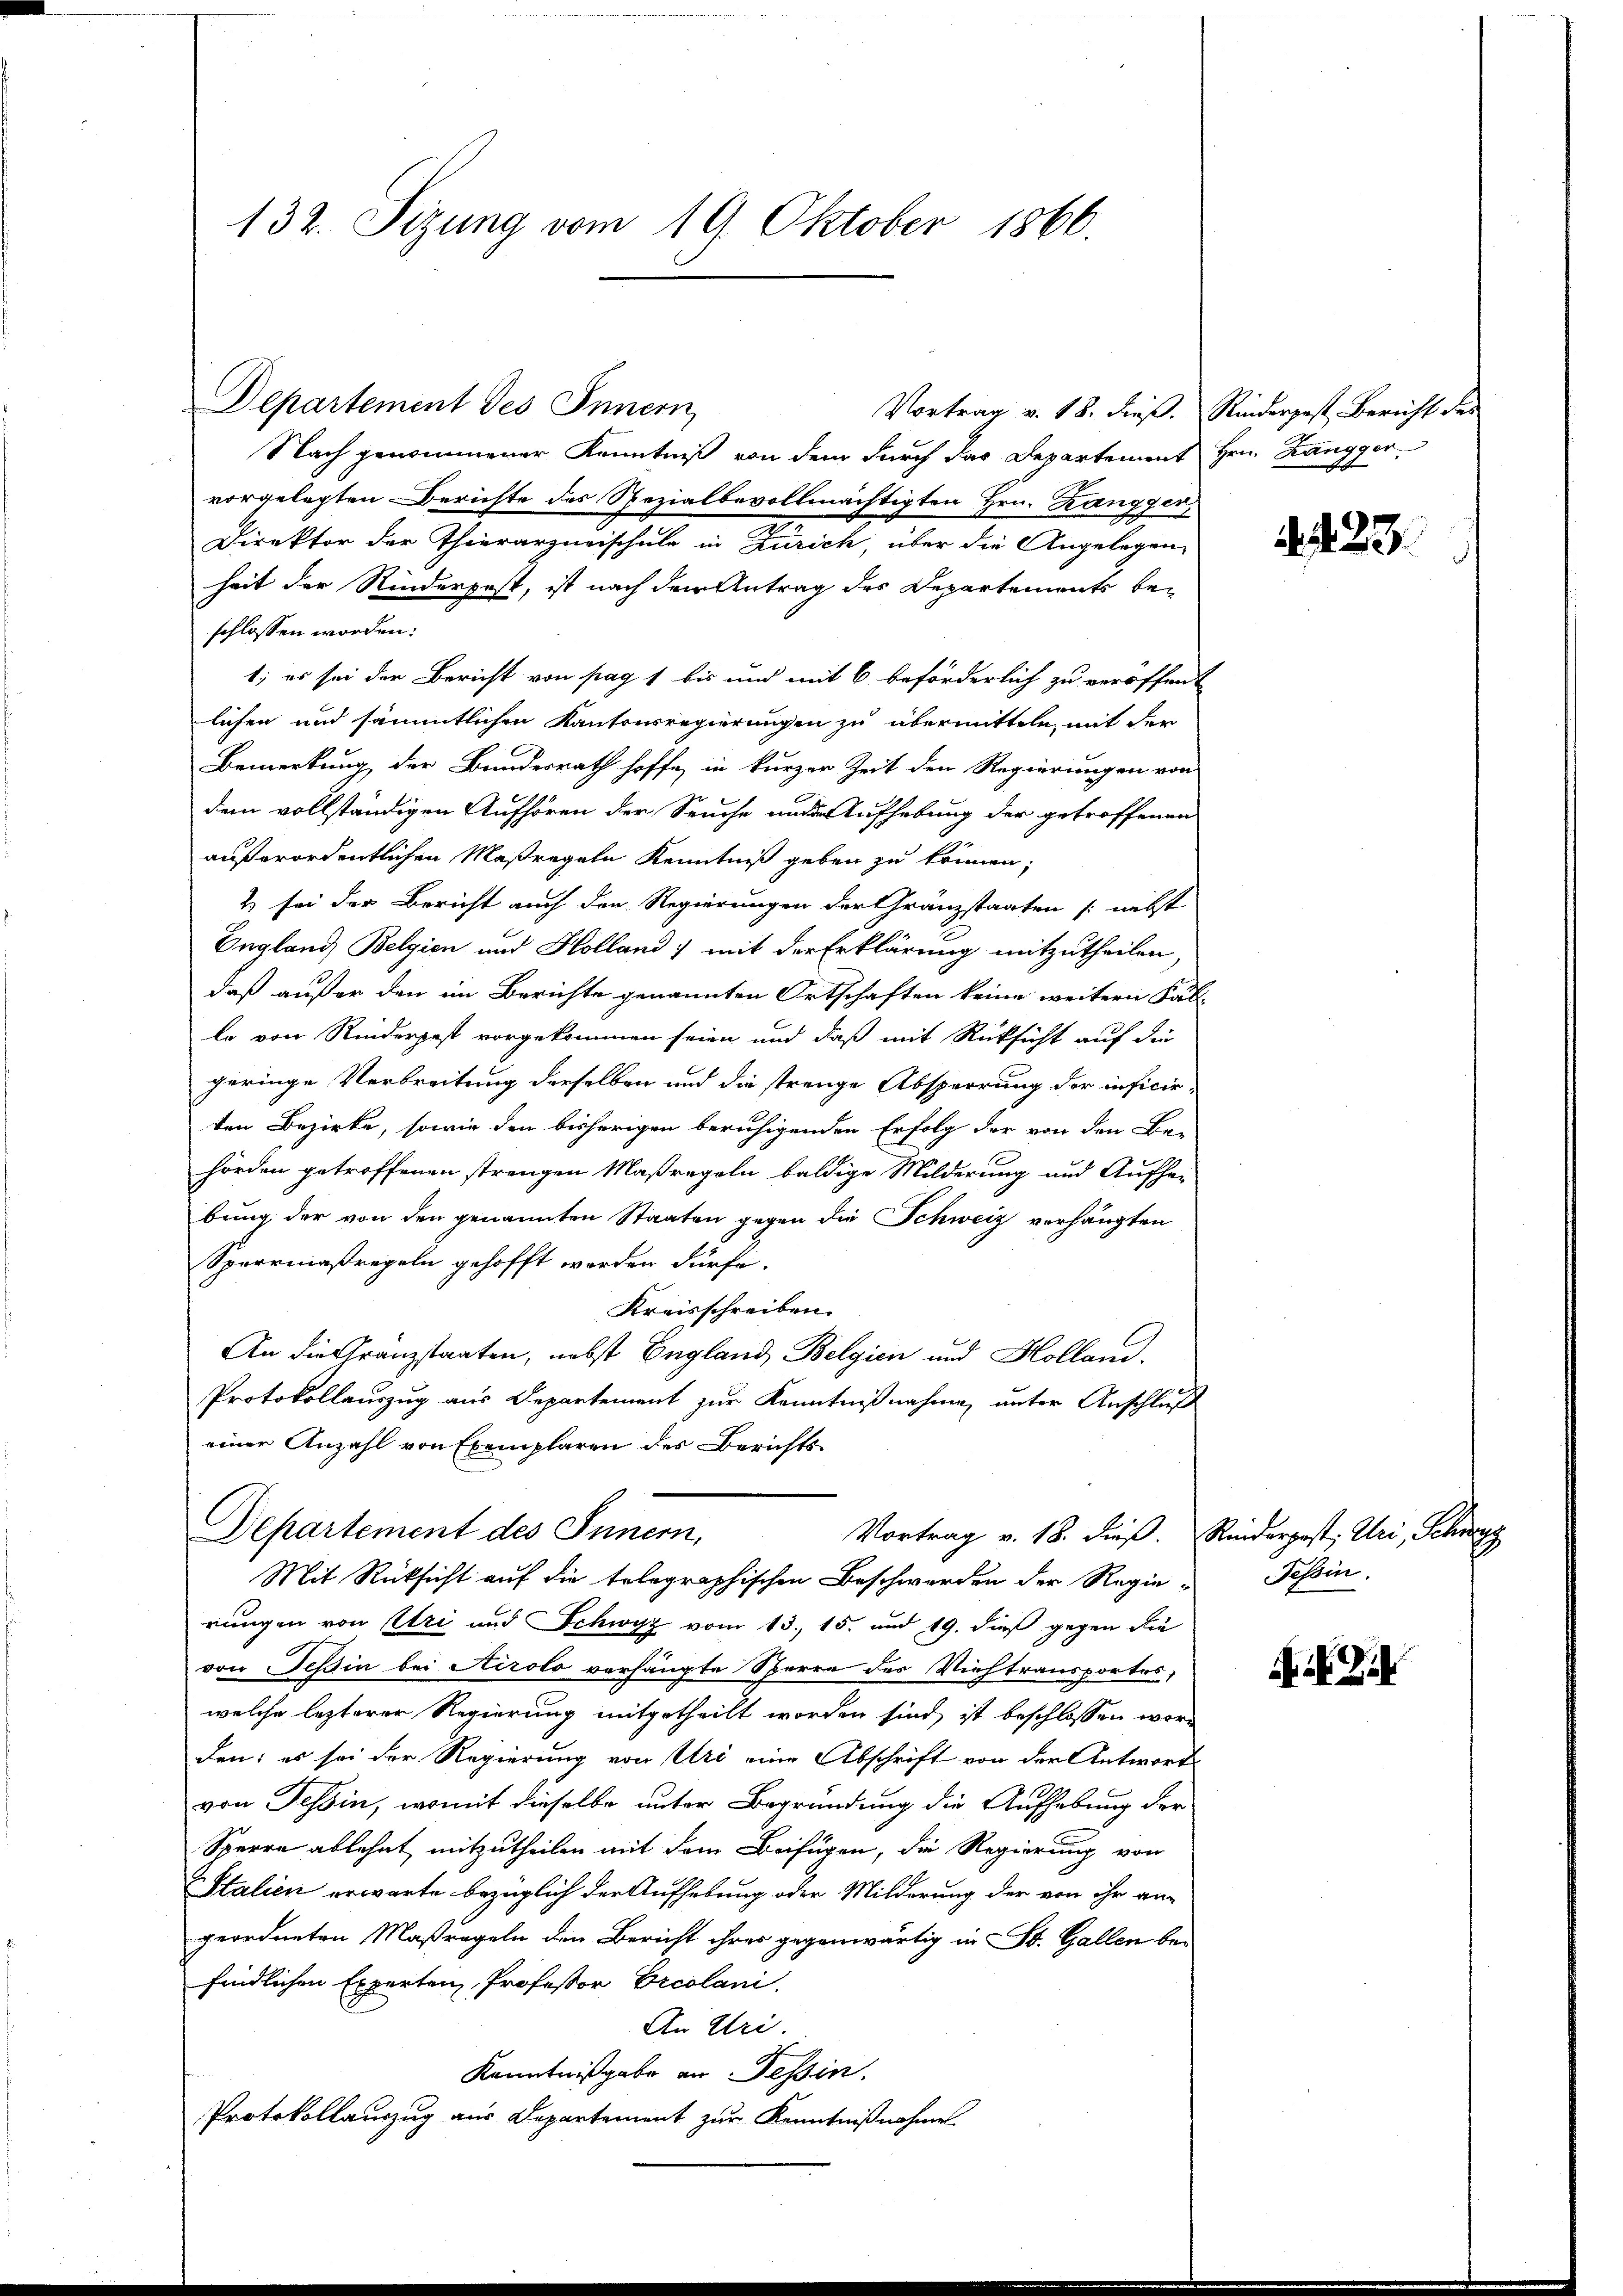
132. Sitzung vom 19. Oktober 1866.

Departement des Innern,

Vortrag v. 18. dieß. Rinderpest Bericht des
Nach genommener Kenntniß von dem durch das Departement Hrn. Langger
vorgelegten Berichte des Spezialbevollmächtigten Hrn. Zangger,
Direktor der Thierarzneischule in Zürich, über die Angelegen-
heit der Rinderpest, ist nach dem Antrag des Departements beschlossen worden:
1; es sei der Bericht von pag 1 bis und mit 6 beförderlich zu veröffent
lichen und sämmtlichen Kantonsregierungen zu übermitteln, mit der
Bemerkung der Bundesrath hoffe, in kurzer Zeit den Regierungen von
dem vollständigen Aufhören der Seuche und Aufhebung der getroffenen
außerordentlichen Maßregeln Kenntniß geben zu können;
2 sei der Bericht auch den Regierungen der Gränzstaaten (nebst
England Belgien und Holland) mit der Erklärung mitzutheilen
daß außer den im Berichte genannten Ortschaften keine weitern Fäll
le von Rinderpest vorgekommen seien und daß mit Rüksicht auf die
geringe Verbreitung derselben und die strenge Absperrung der inficirten Bezirke, sowie den bisherigen beruhigenden Erfolg der von den Be-
hörden getroffenen strengen Maßregeln baldige Milderung und Aufhei
bung der von den genannten Staaten gegen die Schweiz verhängten
Sperrmaßregeln gehofft worden dürfe.
Kreisschreiben.
An die Gränzstaaten, nebst England, Belgien und Holland.
Protokollauszug aus Departement zur Kenntnißnahme, unter Anschluß
einer Anzahl von Exemplaren des Berichts¬
Departement des Innern,
Vortrag v. 18. dieβ. Rinderpost, Uri, Schwyz
Mit Rücksicht auf die telegraphischen Beschwerden der Regie-
rungen von Uri und Schwyz vom 13. 15. und 19. dieß gegen die
von Teßin bei Airolo vorhängte Sperre des Viehtransportes,
welche lezterer Regierung mitgetheilt worden sind, ist beschlossen word
den: es sei der Regierung von Uri eine Abschrift von der Antwort
von Tessin, womit dieselbe unter Begründung die Aufhebung der
Sperre ablehnt, mitzutheilen mit dem Beifügen, die Regierung von
Italien erwarte bezüglich der Aufhebung oder Milderung der von ihr angeordneten Maßregeln den Bericht ihres gegenwärtig in St. Gallen be-
findlichen Experten Professor Ercolani.
An Uri.
Kenntnißgabe an Tessin,
Protokollauszug aus Departement zur Kenntnißnahme

423.

Tessin.

A